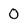
Character: 0